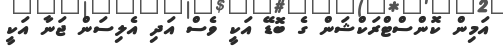
އަމިން ކޮންސްޓްރަކްޝަން ގެ ބޮޑޭ އަކީ ވެސް އަދި އެލިސަން ޖަނާ އަކީ